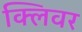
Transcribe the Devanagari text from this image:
क्लिवर